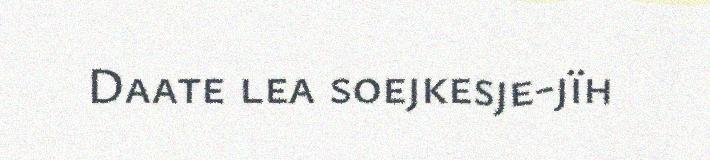
Daate lea soejkesje-jïh